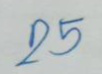
25